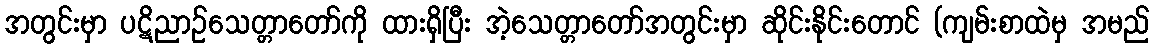
အတွင်းမှာ ပဋိညာဉ်သေတ္တာတော်ကို ထားရှိပြီး အဲ့သေတ္တာတော်အတွင်းမှာ ဆိုင်းနိုင်းတောင် (ကျမ်းစာထဲမှ အမည်